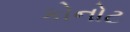
કોનોટ